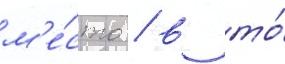
м'е́сто / в то́